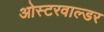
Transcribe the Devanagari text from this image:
ओस्टरवाल्डर